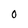
Character: O